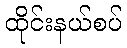
ထိုင်းနယ်စပ်